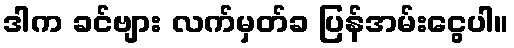
ဒါက ခင်ဗျား လက်မှတ်ခ ပြန်အမ်းငွေပါ။